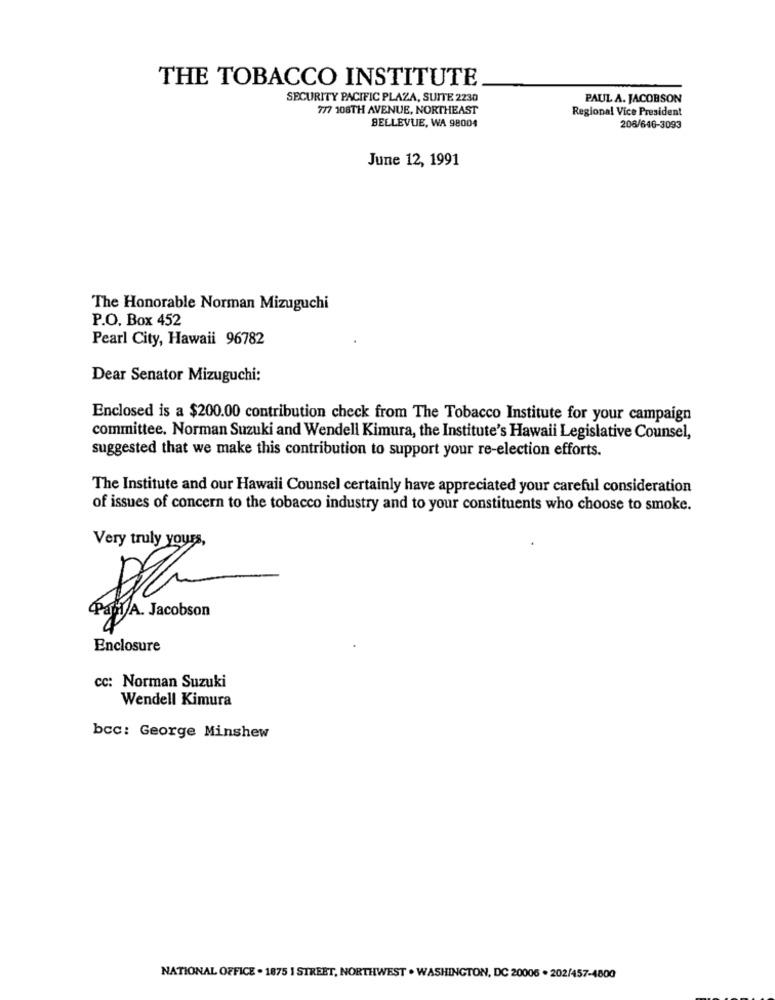
THE TOBACCO INSTITUTE
SECURITY PACIFIC PLAZA, SUITE 2230
PAUL A. JACOBSON
777 108TH AVENUE, NORTHEAST
Regional Vice President
BELLEVUE, WA 98004
206/646-3093
June 12, 1991
The Honorable Norman Mizuguchi
P.O. Box 452
Pearl City, Hawaii 96782
Dear Senator Mizuguchi:
Enclosed is a $200.00 contribution check from The Tobacco Institute for your campaign
committee. Norman Suzuki and Wendell Kimura, the Institute's Hawaii Legislative Counsel,
suggested that we make this contribution to support your re-election efforts.
The Institute and our Hawaii Counsel certainly have appreciated your careful consideration
of issues of concern to the tobacco industry and to your constituents who choose to smoke.
Very truly yours,
Papi A. Jacobson
Enclosure
cc: Norman Suzuki
Wendell Kimura
bcc: George Minshew
NATIONAL OFFICE . 1875 I STREET, NORTHWEST . WASHINGTON, DC 20006 . 202/457-4800